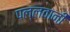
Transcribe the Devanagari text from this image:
पल्लवानी